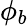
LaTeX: \phi_{b}